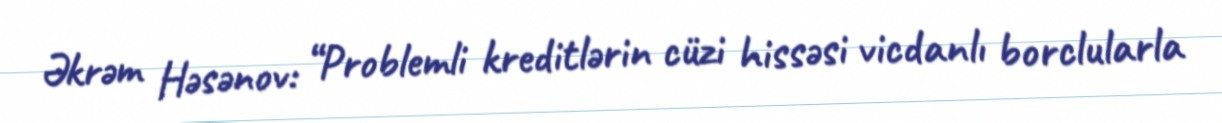
Əkrəm Həsənov: “Problemli kreditlərin cüzi hissəsi vicdanlı borclularla